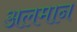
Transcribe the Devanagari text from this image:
अलमान